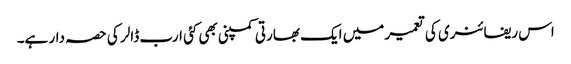
اس ریفائنری کی تعمیر میں ایک بھارتی کمپنی بھی کئی ارب ڈالر کی حصہ دار ہے۔